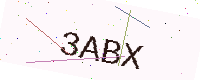
Text: 3ABX